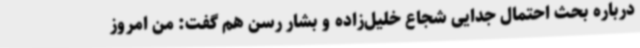
درباره بحث احتمال جدایی شجاع خلیل‌زاده و بشار رسن هم گفت: من امروز